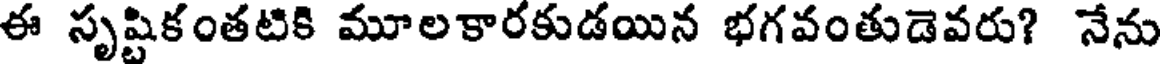
ఈ సృష్టికంతటికి మూలకారకుడయిన భగవంతుడెవరు? నేను